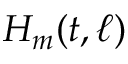
H _ { m } ( t , \ell )